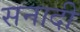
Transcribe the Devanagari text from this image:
सनादी